Vaccination report Assam 1896-1927 - 1896-1927
Year: 1896
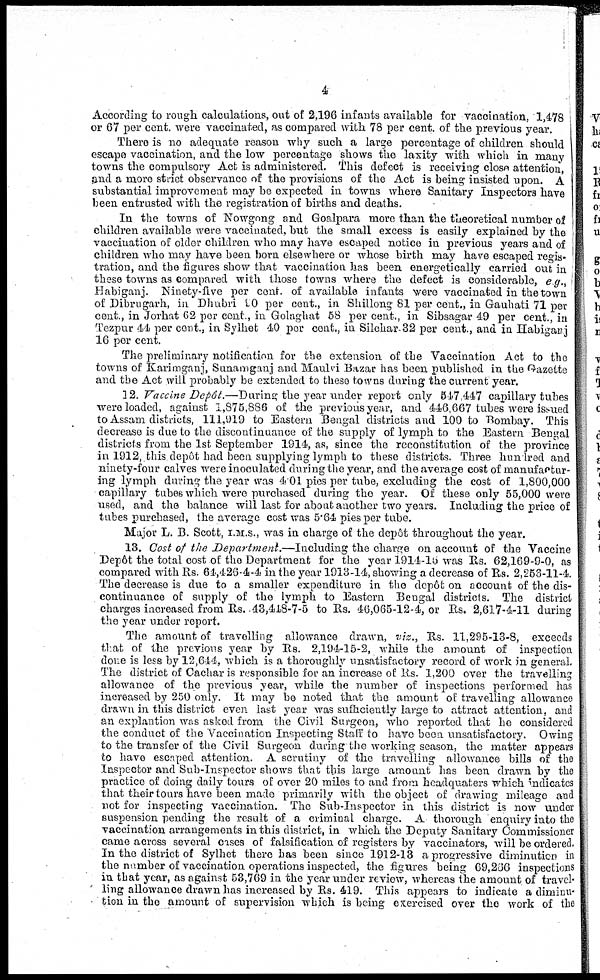
4
According to rough calculations, out of 2,196 infants available for vaccination, 1,478
or 67 per cent. were vaccinated, as compared with 78 per cent. of the previous year.
There is no adequate reason why such a large percentage of children should
escape vaccination, and the low percentage shows the laxity with which in many
towns the compulsory Act is administered. This defect is receiving close attention,
and a more strict observance of the provisions of the Act is being insisted upon. A
substantial improvement may be expected in towns where Sanitary Inspectors have
been entrusted with the registration of births and deaths.
In the towns of Nowgong and Goalpara more than the theoretical number of
children available were vaccinated, but the small excess is easily explained by the
vaccination of older children who may have escaped notice in previous years and of
children who may have been born elsewhere or whose birth may have escaped regis-
tration, and the figures show that vaccination has been energetically carried out in
these towns as compared with those towns where the defect is considerable, e g.,
Habiganj. Ninety-five per cent. of available infants were vaccinated in the town
of Dibrugarh, in Dhubri 90 per cent., in Shillong 81 per cent., in Gauhati 71 per
cent., in Jorhat 62 per cent., in Golaghat 58 per cent., in Sibsagar 49 per cent., in
Tezpur 44 per cent., in Sylhet 40 per cent., in Silchar 32 per cent., and in Habiganj
16 per cent.
The preliminary notification for the extension of the Vaccination Act to the
towns of Karimganj, Sunamganj and Maulvi Bazar has been published in the Gazette
and the Act will probably be extended to these towns during the current year.
22. Vaccine Depôt.—During the year under report only 547,447 capillary tubes
were loaded, against 1,875,886 of the previous year, and 446,667 tubes were issued
to Assam districts, 111,919 to Eastern Bengal districts and 100 to Bombay. This
decrease is due to the discontinuance of the supply of lymph to the Eastern Bengal
districts from the 1st September 1914, as, since the reconstitution of the province
in 1912, this depôt had been supplying lymph to these districts. Three hundred and
ninety-four calves were inoculated during the year, and the average cost of manufactur-
ing lymph during the year was 4 01 pies per tube, excluding the cost of 1,800,000
capillary tubes which were purchased during the year. Of these only 55,000 were
used, and the balance will last for about another two years. Including the price of
tubes purchased, the average cost was 5.64 pies per tube.
Major L. B. Scott, I.M.S., was in charge of the depôt throughout the year.
13. Cost of the Department.—Including the charge on account of the Vaccine
Depôt the total cost of the Department for the year 1914-15 was Rs. 62,169-9-0, as
compared with Rs. 64,426-4-4 in the year 1913-14, showing a decrease of Rs. 2,256-11-4.
The decrease is due to a smaller expenditure in the dcp6t on account of the dis-
continuance of supply of the lymph to Eastern Bengal districts. The district
charges increased from Rs. 43,448-7-5 to Rs. 46,065-12-4, or Rs. 2,617-4-11 during
the year under report.
The amount of travelling allowance drawn, viz., Rs. 11,295-13-8, exceeds
that of the previous year by Rs. 2,194-15-2, while the amount of inspection
done is less by 12,644, which is a thoroughly unsatisfactory record of work in general.
The district of Cachar is responsible for an increase of Rs. 1,200 over the travelling
allowance of the previous year, while the number of inspections performed has
increased by 250 only. It may be noted that the amount of travelling allowance
drawn in this district even last year was sufficiently large to attract attention, and
an explantion was asked from the Civil Surgeon, who reported that he considered
the conduct of the Vaccination Inspecting Staff to have been unsatisfactory. Owing
to the transfer of the Civil Surgeon during the working season, the matter appears
to have escaped attention. A scrutiny of the travelling allowance bills of the
Inspector and Sub-Inspector shows that this large amount has been drawn by the
practice of doing daily tours of over 20 miles to and from headquaters which indicates
that their tours have been made primarily with the object of drawing mileage and
not for inspecting vaccination. The Sub-Inspector in this district is now under
suspension pending the result of a criminal charge. A thorough enquiry into the
vaccination arrangements in this district, in which the Deputy Sanitary Commissioner
came across several cases of falsification of registers by vaccinators, will be ordered.
In the district of Sylhet there has been since 1912-13 a progressive diminution in
the number of vaccination operations inspected, the figures being 69,266 inspections
in that year, as against 53,769 in the year under review, whereas the amount of travel-
ling allowance drawn has increased by Rs. 419. This appears to indicate a diminu-
tion in the amount of supervision which is being exercised over the work of the